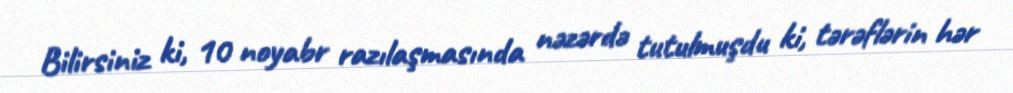
Bilirsiniz ki, 10 noyabr razılaşmasında nəzərdə tutulmuşdu ki, tərəflərin hər